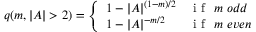
q ( m , | { \cal { A } } | > 2 ) = \left\{ \begin{array} { l l } { 1 - | { \cal { A } } | ^ { ( 1 - m ) / 2 } } & { \mathrm { ~ i ~ f ~ } \ m \ o d d } \\ { 1 - | { \cal { A } } | ^ { - m / 2 } } & { \mathrm { ~ i ~ f ~ } \ m \ e v e n } \end{array} \right.